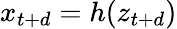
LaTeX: x_{t+d}=h(z_{t+d})